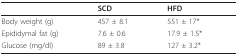
<table><thead><tr><td></td><td><b>SCD</b></td><td><b>HFD</b></td></tr></thead><tbody><tr><td>Body weight (g)</td><td>457 ± 8.1</td><td>551 ± 17*</td></tr><tr><td>Epididymal fat (g)</td><td>7.6 ± 0.6</td><td>17.9 ± 1.5*</td></tr><tr><td>Glucose (mg/dl)</td><td>89 ± 3.8</td><td>127 ± 3.2*</td></tr></tbody></table>